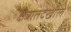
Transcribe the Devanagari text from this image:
क्षेत्रातदेखील